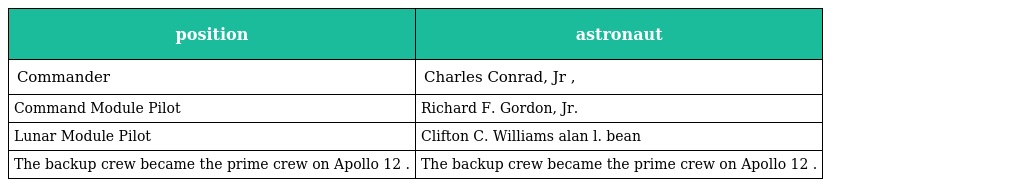
| position | astronaut |
 | --- | --- |
 | Commander | Charles Conrad, Jr , |
 | Command Module Pilot | Richard F. Gordon, Jr. |
 | Lunar Module Pilot | Clifton C. Williams alan l. bean |
 | The backup crew became the prime crew on Apollo 12 . | The backup crew became the prime crew on Apollo 12 . |